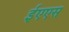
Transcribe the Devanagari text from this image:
ईएएस